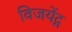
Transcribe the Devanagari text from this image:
विजयेंद्ग